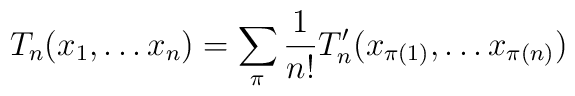
T_n(x_1,\ldots x_n)=\sum_{\pi} \frac{1}{n!} T'_n(x_{\pi (1)}, \ldots x_{\pi (n)})